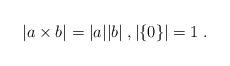
LaTeX: \begin{align*}|a\times b|=|a||b|\;,|\{0\}|=1\;.\end{align*}